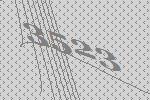
3523